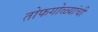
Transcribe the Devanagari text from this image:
तोफगोळ्यांची